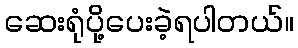
ဆေးရုံပို့ပေးခဲ့ရပါတယ်။